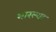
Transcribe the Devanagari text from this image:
भारल्या